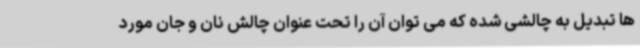
ها تبدیل به چالشی شده که می توان آن را تحت عنوان چالش نان و جان مورد